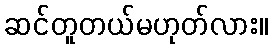
ဆင်တူတယ်မဟုတ်လား။